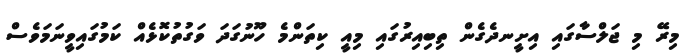
މިރޭ މި ޖަލްސާގައި އިށީނދެގެން ތިބިއިރުގައި މިއީ ކިތަންމެ ހޫނުގަދަ ވަގުތުކޮޅެއް ކަމުގައިވީނަމަވެސް